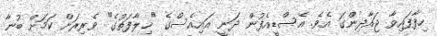
ހިފާފައިވާ ޖައާދިންގަ އެވެ. އެސްޑީއެފުން ދަނީ އައިއެސްގެ "ޚިލާފަތުގެ" ވެރިރަށް ކަމަށް ބުނާ